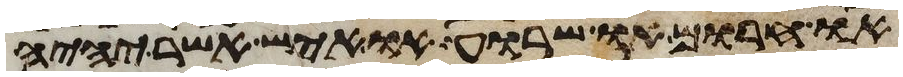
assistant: או חרום או שרוע או איש אשר יהיה